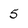
Character: 5